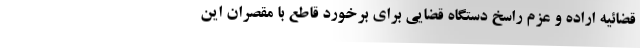
قضائیه اراده و عزم راسخ دستگاه قضایی برای برخورد قاطع با مقصران این